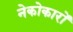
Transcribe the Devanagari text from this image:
नेकोकारों